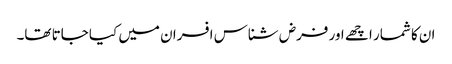
ان کا شمار اچھے اور فرض شناس افسران میں کیا جاتا تھا۔